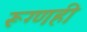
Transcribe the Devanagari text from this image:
रूग्णही